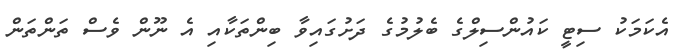
އެކަމަކު ސިޓީ ކައުންސިލްގެ ބެލުމުގެ ދަށުގައިވާ ބިންތަކާއި އެ ނޫން ވެސް ތަންތަން